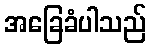
အခြေခံပါသည်